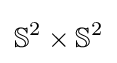
\mathbb {S} ^{2}\times \mathbb {S} ^{2}